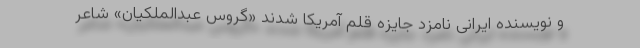
و نویسنده ایرانی نامزد جایزه قلم آمریکا شدند «گروس عبدالملکیان» شاعر